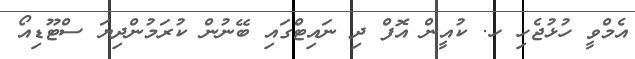
އެމްވީ ހުޅުޖެހި ހ. ކުއީން އޮފް ދި ނައިޓްގައި ބޭނުން ކުރަމުންދިޔަ ސްޓޫޑިއޯ